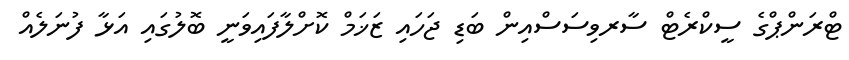
ޓްރަންޕްގެ ސީކްރެޓް ސާރވިސަސްއިން ބަޑި ޖަހައި ޒަޚަމް ކޮށްލާފައިވަނީ ބޮލުގައި އަޅާ ފުނަލެއް